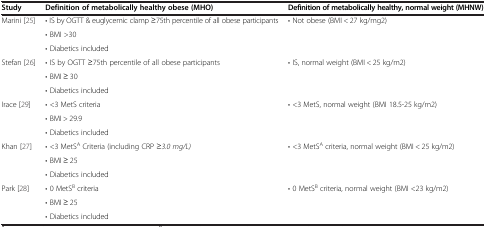
| Study | Definition of metabolically healthy obese (MHO) | Definition of metabolically healthy, normal weight (MHNW) |
 | --- | --- | --- |
 | <ROWSPAN=3> Marini [25] | • IS by OGTT & euglycemic clamp ≥75th percentile of all obese participants | <ROWSPAN=3> • Not obese (BMI < 27 kg/mg2) |
 | • BMI >30 |
 | • Diabetics included |
 | <ROWSPAN=3> Stefan [26] | • IS by OGTT ≥75th percentile of all obese participants | <ROWSPAN=3> • IS, normal weight (BMI < 25 kg/m2) |
 | • BMI ≥ 30 |
 | • Diabetics included |
 | <ROWSPAN=3> Irace [29] | • <3 MetS criteria | <ROWSPAN=3> • <3 MetS, normal weight (BMI 18.5-25 kg/m2) |
 | • BMI > 29.9 |
 | • Diabetics included |
 | <ROWSPAN=3> Khan [27] | • <3 MetSA Criteria (including CRP ≥3.0 mg/L) | <ROWSPAN=3> • <3 MetSA criteria, normal weight (BMI < 25 kg/m2) |
 | • BMI ≥ 25 |
 | • Diabetics included |
 | <ROWSPAN=3> Park [28] | • 0 MetSB criteria | <ROWSPAN=3> • 0 MetSB criteria, normal weight (BMI <23 kg/m2) |
 | • BMI ≥ 25 |
 | • Diabetics included |